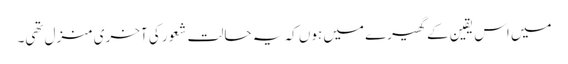
میں اس یقین کے گھیرے میں ہوں کہ یہ حالت شعور کی آخری منزل تھی۔